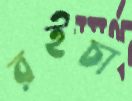
রইচা